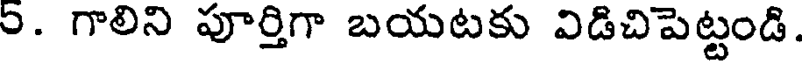
9. గాలిని పూర్తిగా బయటకు విడిచిపెట్టండి.